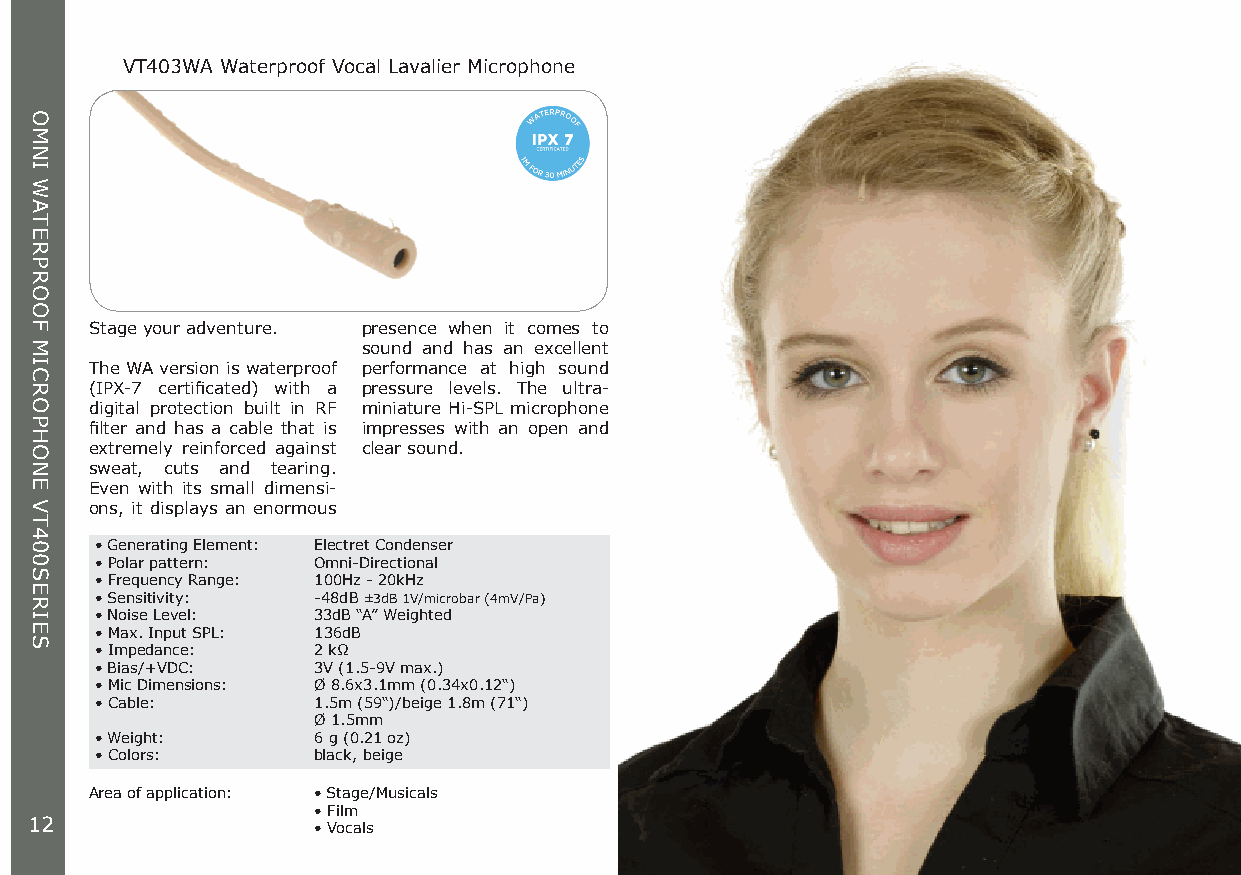
VT403WA Waterproof Vocal Lavalier Microphone
 Stage your adventure. presence when it comes to
 sound and has an excellent
 The WA version is waterproof performance at high sound
 (IPX-7 certificated) with a pressure levels. The ultra-
 digital protection built in RF miniature Hi-SPL microphone
 filter and has a cable that is impresses with an open and
 extremely reinforced against clear sound.
 sweat, cuts and tearing.
 Even with its small dimensi-
 ons, it displays an enormous
 • Generating Element: Electret Condenser
 • Polar pattern: Omni-Directional
 • Frequency Range: 100Hz - 20kHz
 • Sensitivity: -48dB ±3dB 1V/microbar (4mV/Pa)
 • Noise Level: 33dB “A” Weighted
 • Max. Input SPL: 136dB
 • Impedance:   2 kΩ
 • Bias/+VDC:   3V (1.5-9V max.)
 • Mic Dimensions: Ø 8.6x3.1mm (0.34x0.12“)
 • Cable:       1.5m (59“)/beige 1.8m (71“)
 Ø 1.5mm
 • Weight:      6 g (0.21 oz)
 • Colors:      black, beige
 Area of application: • Stage/Musicals
 • Film
 12                 • Vocals
 OMNI
 WATERPROOF
 MICROPHONE
 VT400SERIES